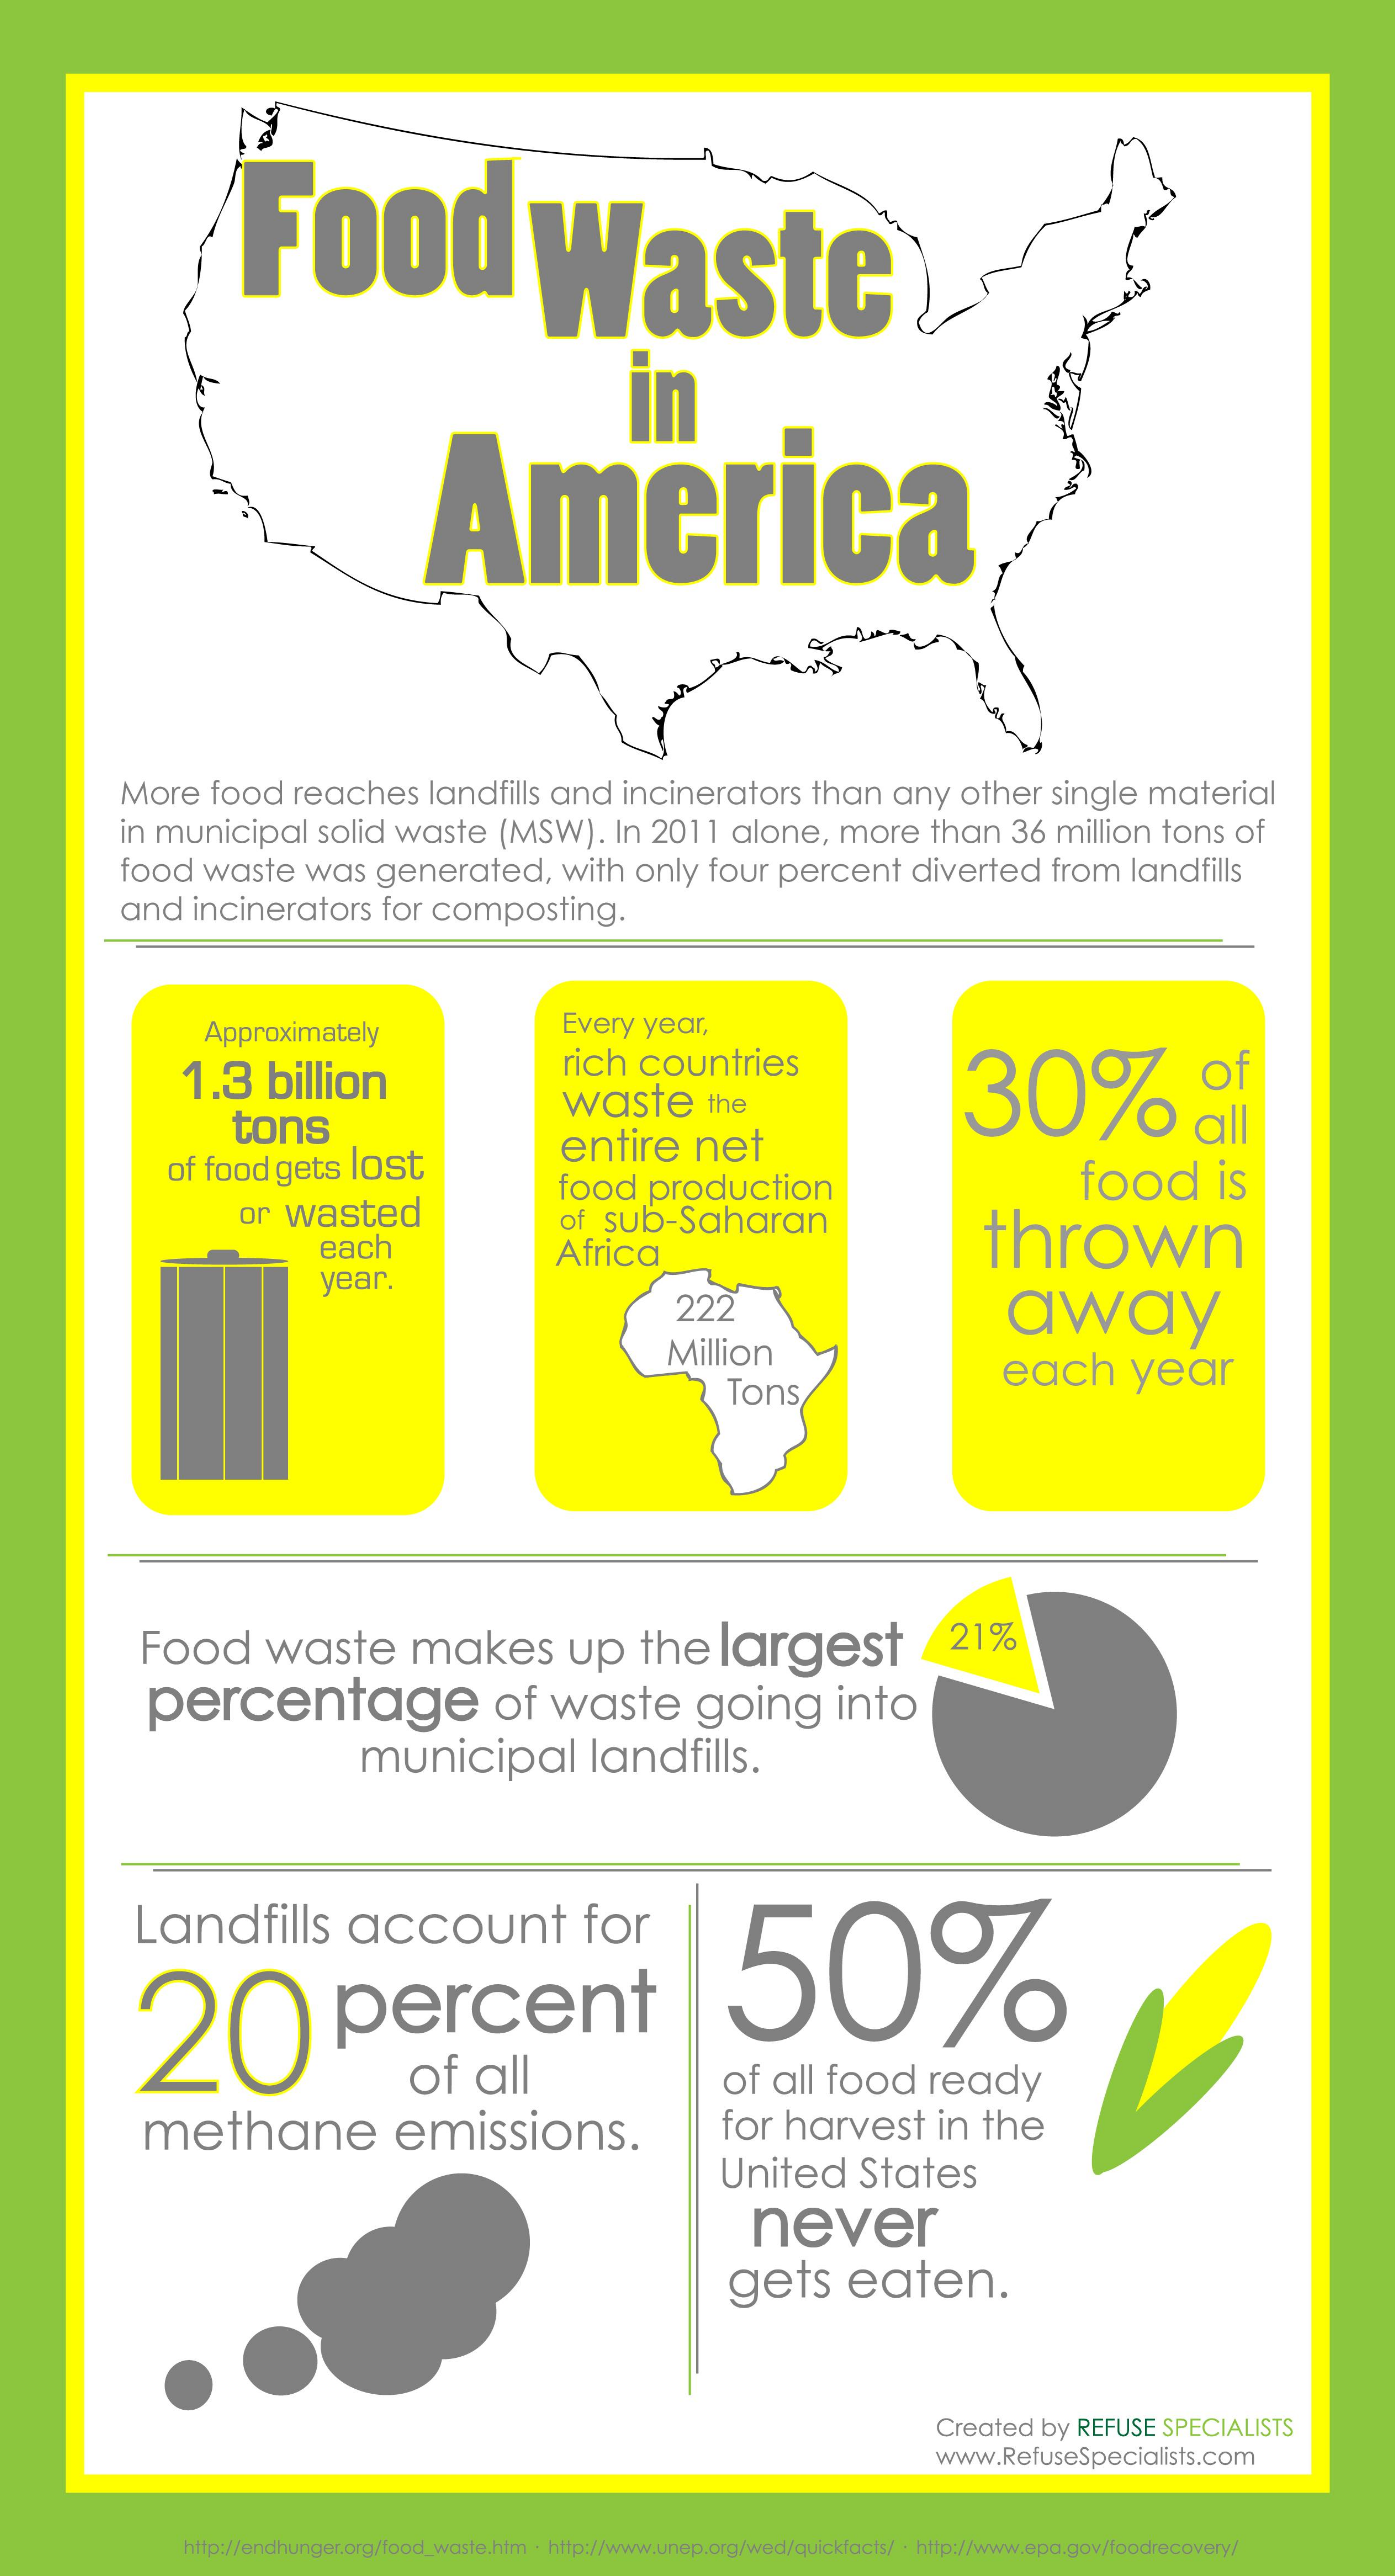
Food    Waste
     America
     in
     More    food    reaches    landfills   and    incinerators    than    any    other    single   material
     in municipal    solid  waste    (MSW).    In  2011   alone,    more    than    36  million   tons   of
     food    waste    was    generated,    with   only   four   percent    diverted    from   landfills
     and    incinerators    for  composting.
     Approximately    Every   year,
     1.3    billion
     rich   countries
     30%    al
     tons
     waste    the
     of  food   gets   lost    entire    net
     or  wasted
     food    production    food    is
     of  sub-Saharan
     each    Africa    thrown
     year.
     222    away
     Million
     Tons
     each    year
     Food    waste    makes    up    the    largest    21%
     percentage    of    waste    going    into
     municipal    landfills.
     Landfills    account    for
     50% percent
     of    all    of  all  food    ready
     methane    emissions.    for  harvest    in   the
     United    States
     never
     gets    eaten.
     Created   by REFUSE   SPECIALISTS
     www.RefuseSpecialists.com
     http://endhunger.org/food_waste.htm . http://www.unep.org/wed/quickfacts/ . http://www.epa.gov/foodrecovery/